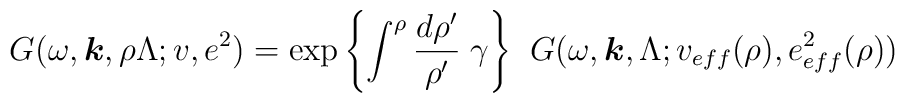
G(\omega, \mbox{\boldmath $k$} , \rho \Lambda ; v, e^{2} )  =   \exp{ \left\{ \int^{\rho }  \frac{d \rho '}{\rho '} \; \gamma\right\} }\; \; G (\omega, \mbox{\boldmath $k$} , \Lambda ;  v_{eff}(\rho),  e^{2}_{eff}(\rho) )